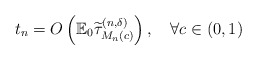
\begin{align*} t_n=O\left(\mathbb{E}_0\widetilde{\tau}^{(n,\delta)}_{M_n(c)}\right),\quad\forall c\in(0,1)\end{align*}